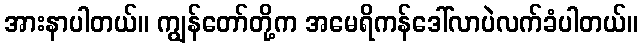
အားနာပါတယ်။ ကျွန်တော်တို့က အမေရိကန်ဒေါ်လာပဲလက်ခံပါတယ်။